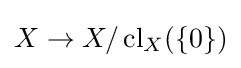
X\to X/\operatorname {cl} _{X}(\{0\})